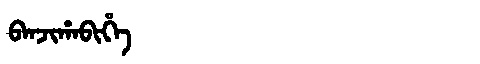
Manchu: ᠪᠠᠨᠵᡳᡥᠠᠪᡳᡥᡝ
Romanization: BANJIHABIHE